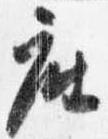
座